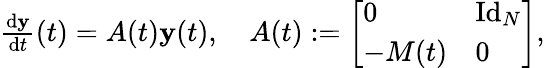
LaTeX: \begin{array}{r}{\frac{\mathrm{d}\mathbf{y}}{\mathrm{d}t}(t)=A(t)\mathbf{y}(t),\quad A(t):=\left[\begin{array}{ll}{0}&{\mathrm{Id}_{N}}\\ {-M(t)}&{0}\end{array}\right],}\end{array}